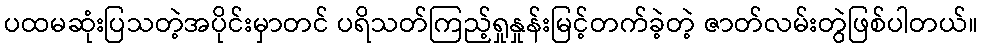
ပထမဆုံးပြသတဲ့အပိုင်းမှာတင် ပရိသတ်ကြည့်ရှုနှုန်းမြင့်တက်ခဲ့တဲ့ ဇာတ်လမ်းတွဲဖြစ်ပါတယ်။